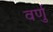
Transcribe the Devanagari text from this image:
वर्णु